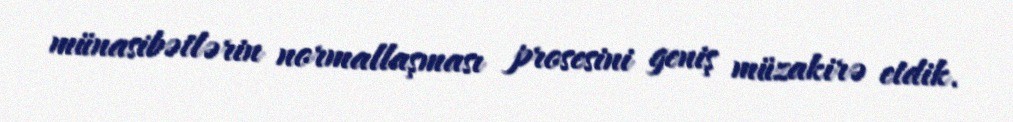
münasibətlərin normallaşması prosesini geniş müzakirə etdik.